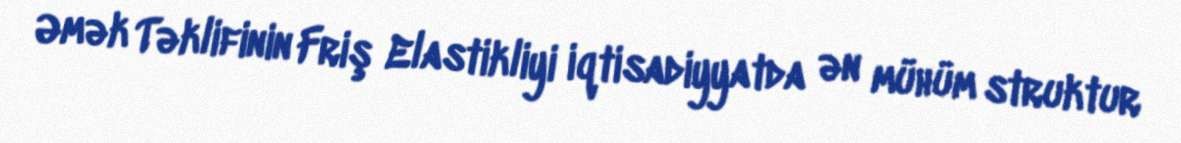
Əmək Təklifinin Friş Elastikliyi iqtisadiyyatda ən mühüm struktur